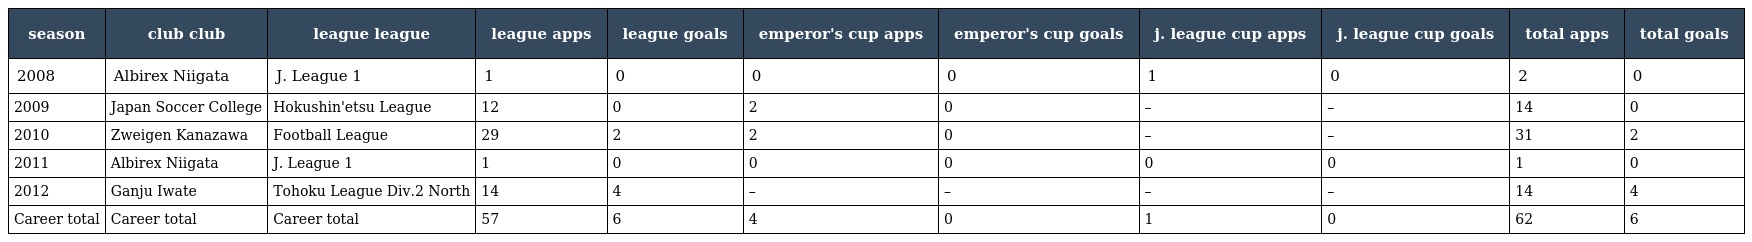
| season | club club | league league | league apps | league goals | emperor's cup apps | emperor's cup goals | j. league cup apps | j. league cup goals | total apps | total goals |
 | --- | --- | --- | --- | --- | --- | --- | --- | --- | --- | --- |
 | 2008 | Albirex Niigata | J. League 1 | 1 | 0 | 0 | 0 | 1 | 0 | 2 | 0 |
 | 2009 | Japan Soccer College | Hokushin'etsu League | 12 | 0 | 2 | 0 | – | – | 14 | 0 |
 | 2010 | Zweigen Kanazawa | Football League | 29 | 2 | 2 | 0 | – | – | 31 | 2 |
 | 2011 | Albirex Niigata | J. League 1 | 1 | 0 | 0 | 0 | 0 | 0 | 1 | 0 |
 | 2012 | Ganju Iwate | Tohoku League Div.2 North | 14 | 4 | – | – | – | – | 14 | 4 |
 | Career total | Career total | Career total | 57 | 6 | 4 | 0 | 1 | 0 | 62 | 6 |